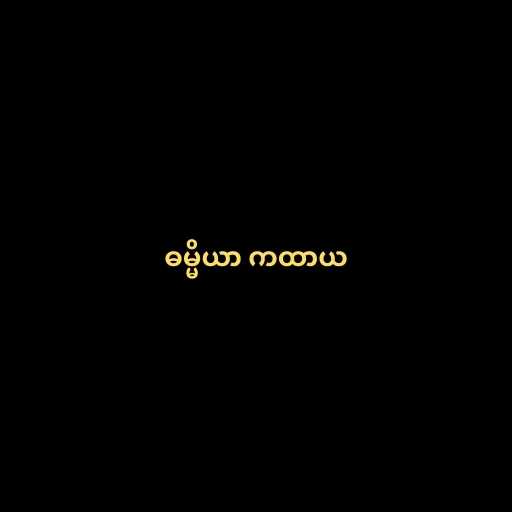
ဓမ္မိယာ ကထာယ